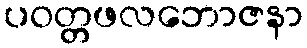
ပဝတ္တဖလဘောဇနာ